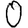
Digit: 0